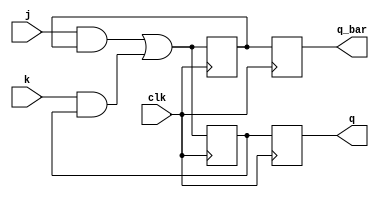
module jk_flip_flop (
    input j, k, clk,
    output reg q,
    output reg q_bar
);

reg q_int;
reg q_bar_int;

always @ (posedge clk) begin
    q_int <= (j & q_bar_int) | (k & q_int);
    q_bar_int <= (k & q_int) | (j & q_bar_int);
end

always @ (posedge clk) begin
    q <= q_int;
    q_bar <= q_bar_int;
end

endmodule